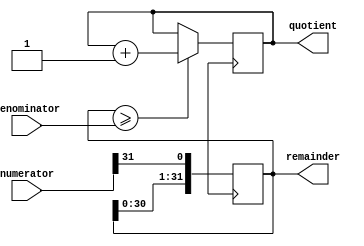
module ShiftAndSubtractDivider (
    input wire [31:0] numerator,
    input wire [31:0] denominator,
    output wire [31:0] quotient,
    output wire [31:0] remainder
);

reg [31:0] shift_reg;
reg [31:0] quotient_reg;
reg [31:0] remainder_reg;

always @(posedge clk) begin
    if (shift_reg >= denominator) begin
        shift_reg <= shift_reg - denominator;
        quotient_reg <= quotient_reg + 1;
    end
    
    shift_reg <= {shift_reg[30:0], numerator[31]};
end

assign quotient = quotient_reg;
assign remainder = shift_reg;

endmodule